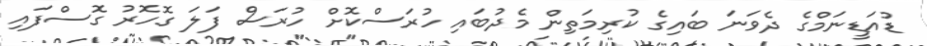
ޑުއަޑީނަމްގެ ދެވަނަ ބައިގެ ކުރިމަތިން މެދުބައި ހުރަސްކޮށް ހުރަސް ފަލަ ގޮހޮރު ގޮސްފައި